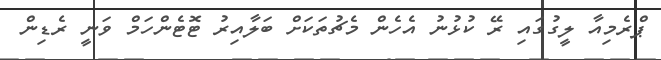
ޕްރެމިއާ ލީގުގައި ރޭ ކުޅުނު އެހެން މެޗުތަކަށް ބަލާއިރު ޓޮޓެންހަމް ވަނީ ރެޑިން